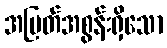
အမြတ်အစွန်းရှိသော